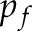
p _ { f }